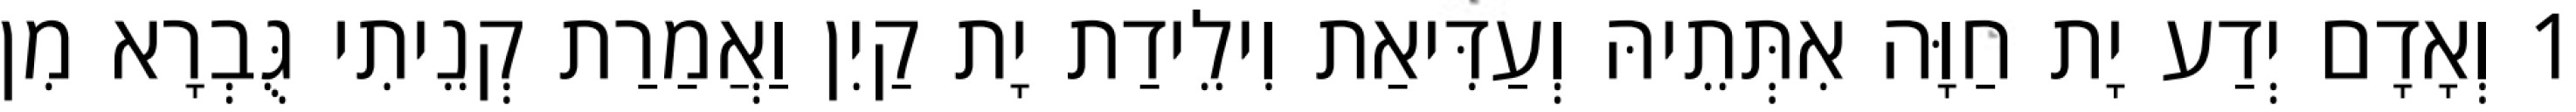
1 וְאָדָם יְדַע יָת חַוָּה אִתְּתֵיהּ וְעַדִּיאַת וִילֵידַת יָת קַיִן וַאֲמַרַת קְנֵיתִי גֻּבְרָא מִן